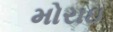
મોરાઇ